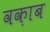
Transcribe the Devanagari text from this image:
वक़ाब